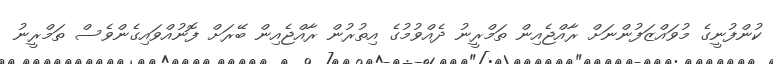
ކުންފުނީގެ މުވައްޒަފުންނަށް ރާއްޖެއިން ތަމްރީނު ދެއްވުމުގެ އިތުރުން ރާއްޖެއިން ބޭރަށް ފޮނުއްވައިގެންވެސް ތަމްރީނު